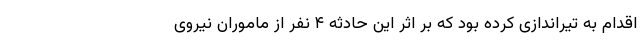
اقدام به تیراندازی کرده بود که بر اثر این حادثه ۴ نفر از ماموران نیروی